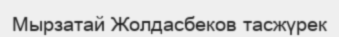
Мырзатай Жолдасбеков тасжүрек